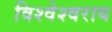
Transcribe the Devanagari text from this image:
विश्वेश्वराय